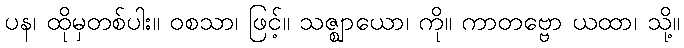
ပန၊ ထိုမှတစ်ပါး။ ဝစသာ၊ ဖြင့်။ သဇ္ဈာယော၊ ကို။ ကာတဗ္ဗော ယထာ၊ သို့။